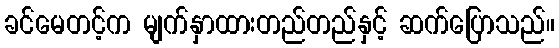
ခင်မေတင့်က မျက်နှာထားတည်တည်နှင့် ဆက်ပြောသည်။